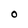
Character: O